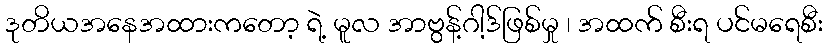
ဒုတိယအနေအထားကတော့ ရဲ့ မူလ အာဗွန့်ဂါ့ဒ်ဖြစ်မှု ၊ အထက် စီးရ ပင်မရေစီး